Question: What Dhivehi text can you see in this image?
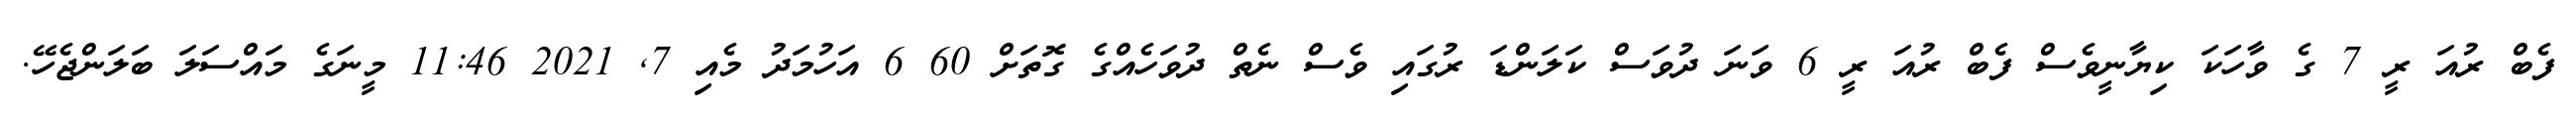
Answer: ފެބް ރުއަ ރީ 7 ގެ ވާހަކަ ކިޔާނީވެސް ފެބް ރުއަ ރީ 6 ވަނަ ދުވަސް ކަލަންޑަ ރުގައި ވެސް ނެތް ދުވަހެއްގެ ގޮތަށް 60 6 އަހުމަދު މެއި 7, 2021 11:46 މީނަގެ މައްސަލަ ބަލަންޖެހޭ.